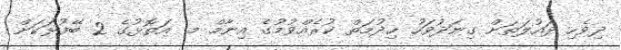
ދިވެހި ދައުލަތަށް ގިނަދުވަހު ޚިދުމަތް ކުރެއްވުމުގެ އިނާމް މ. އަތޮޅުގެ 2 ބޭފުޅަކަށް